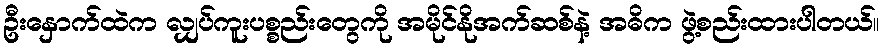
ဦးနှောက်ထဲက လျှပ်ကူးပစ္စည်းတွေကို အမိုင်နိုအက်ဆစ်နဲ့ အဓိက ဖွဲ့စည်းထားပါတယ်။